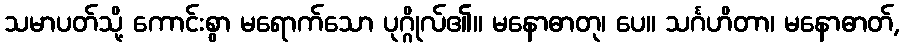
သမာပတ်သို့ ကောင်းစွာ မရောက်သော ပုဂ္ဂိုလ်၏။ မနောဓာတု၊ ပေ။ သင်္ဂဟိတာ၊ မနောဓာတ်,